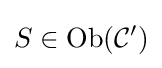
S\in {\text{Ob}}({\mathcal {C}}')